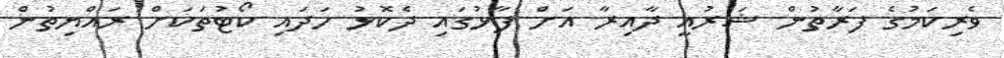
ވެރިކަމުގެ ފަރާތުން ޝަރުއީ ދާއިރާ އަށް ފާޅުގައި ދެކޮޅު ހަދައި ކޯޓުތަކަށް ރައްޔިތުން